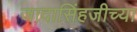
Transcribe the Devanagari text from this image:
जादासिंहजीच्या